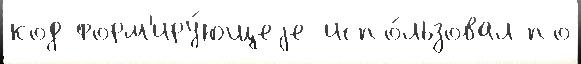
код форм'иру́ющеjе испо́льзовал по